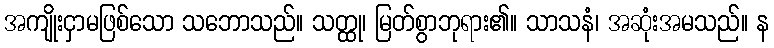
အကျိုးငှာမဖြစ်သော သဘောသည်။ သတ္ထု၊ မြတ်စွာဘုရား၏။ သာသနံ၊ အဆုံးအမသည်။ န